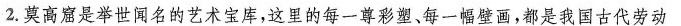
2.莫高窟是举世闻名的艺术宝库，这里的每一尊彩塑、每一幅壁画，都是我国古代劳动